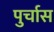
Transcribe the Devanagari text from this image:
पुर्चास